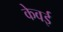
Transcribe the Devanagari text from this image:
केवई